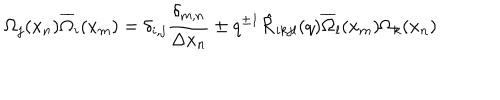
\Omega _ { j } ( x _ { n } ) \overline { { { \Omega } } } _ { i } ( x _ { m } ) = \delta _ { i , j } \frac { \delta _ { m , n } } { \Delta x _ { n } } \pm q ^ { \pm 1 } \hat { { \cal R } } _ { i k j l } ( q ) \overline { { { \Omega } } } _ { l } ( x _ { m } ) \Omega _ { k } ( x _ { n } )